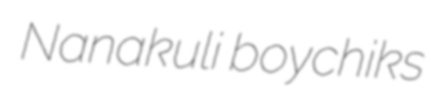
Nanakuli boychiks